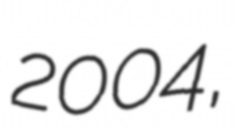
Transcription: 2004,